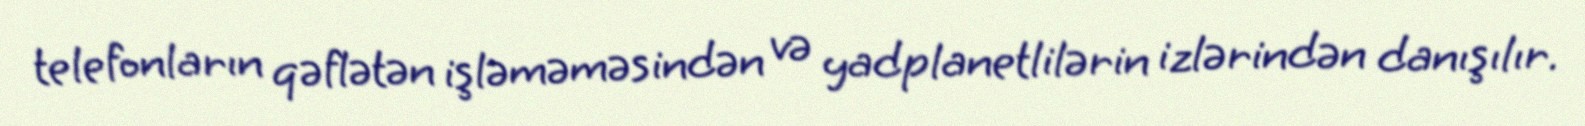
telefonların qəflətən işləməməsindən və yadplanetlilərin izlərindən danışılır.